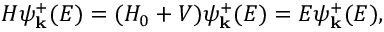
H \psi _ { \mathbf { k } } ^ { + } ( E ) = ( H _ { 0 } + V ) \psi _ { \mathbf { k } } ^ { + } ( E ) = E \psi _ { \mathbf { k } } ^ { + } ( E ) ,